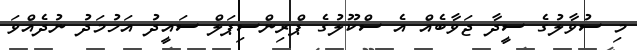
މި ސުވާލުގެ ސީދާ ޖަވާބެއް އެ ސްކޫލުގެ ޕްރިންސިޕަލް ސައީދު އަހުމަދު ނުދެއްވަ